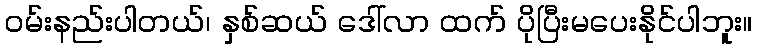
ဝမ်းနည်းပါတယ်၊ နှစ်ဆယ် ဒေါ်လာ ထက် ပိုပြီးမပေးနိုင်ပါဘူး။